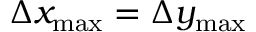
\Delta x _ { \operatorname* { m a x } } = \Delta y _ { \operatorname* { m a x } }